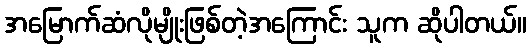
အမြောက်ဆံလိုမျိုးဖြစ်တဲ့အကြောင်း သူက ဆိုပါတယ်။